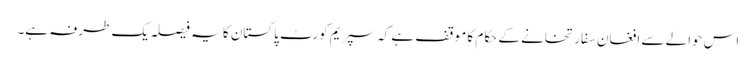
اس حوالے سے افغان سفارتخانے کے حکام کا موقف ہے کہ سپریم کورٹ پاکستان کا یہ فیصلہ یک طرفہ ہے۔